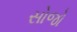
સોજો